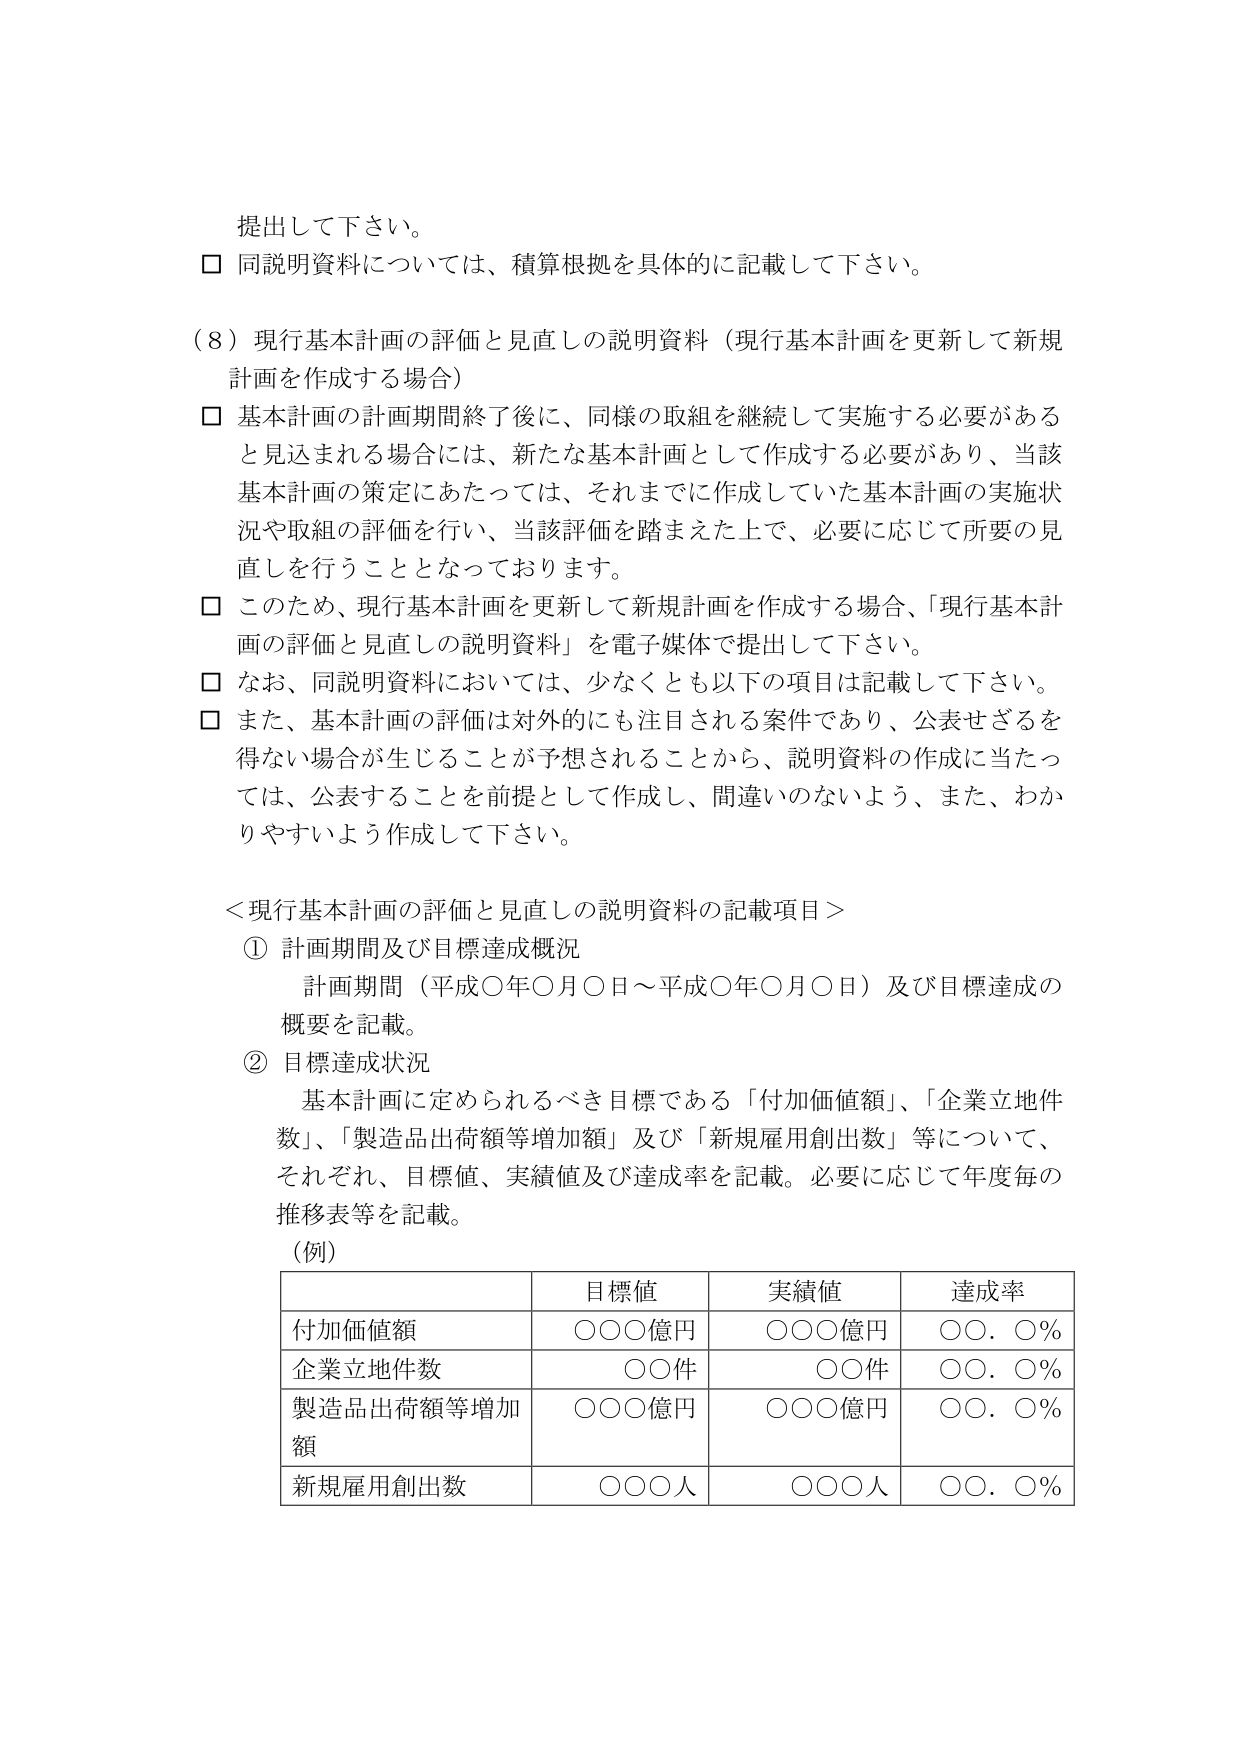
提出して下さい。

□ 同説明資料については、積算根拠を具体的に記載して下さい。

（8）現行基本計画の評価と見直しの説明資料（現行基本計画を更新して新規計画を作成する場合）

□ 基本計画の計画期間終了後に、同様の取組を継続して実施する必要があると見込まれる場合には、新たな基本計画として作成する必要があり、当該基本計画の策定にあたっては、それまでに作成していた基本計画の実施状況や取組の評価を行い、当該評価を踏まえた上で、必要に応じて所要の見直しを行うこととなっております。

□ このため、現行基本計画を更新して新規計画を作成する場合、「現行基本計画の評価と見直しの説明資料」を電子媒体で提出して下さい。

□ なお、同説明資料においては、少なくとも以下の項目は記載して下さい。

□ また、基本計画の評価は対外的にも注目される案件であり、公表せざるを得ない場合が生じることが予想されることから、説明資料の作成に当たっては、公表することを前提として作成し、間違いのないよう、また、わかりやすいよう作成して下さい。

＜現行基本計画の評価と見直しの説明資料の記載項目＞

① 計画期間及び目標達成概況
　計画期間（平成○年○月○日～平成○年○月○日）及び目標達成の概要を記載。

② 目標達成状況
　基本計画に定められるべき目標である「付加価値額」、「企業立地件数」、「製造品出荷額等増加額」及び「新規雇用創出数」等について、それぞれ、目標値、実績値及び達成率を記載。必要に応じて年度毎の推移表等を記載。

（例）

| | 目標値 | 実績値 | 達成率 |
|---|---|---|---|
| 付加価値額 | ○○○億円 | ○○○億円 | ○○．○％ |
| 企業立地件数 | ○○件 | ○○件 | ○○．○％ |
| 製造品出荷額等増加額 | ○○○億円 | ○○○億円 | ○○．○％ |
| 新規雇用創出数 | ○○○人 | ○○○人 | ○○．○％ |